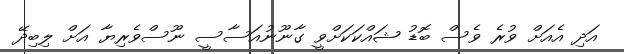
އަދި އެއަށް ވުރެ ވެސް ބޮޑު ޝައްކަކަށްވީ ގާނޫނުއަސާސީ ނޫސްވެރިޔާ އަށް ލިބިދޭ